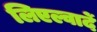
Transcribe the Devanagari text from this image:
लिएल्वार्दे